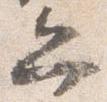
弁